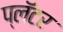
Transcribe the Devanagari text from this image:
प्लॅटर